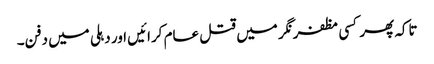
تاکہ پھر کسی مظفرنگر میں قتل عام کرائیں اور دہلی میں دفن۔